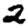
Digit: 2